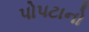
પોપટાનો